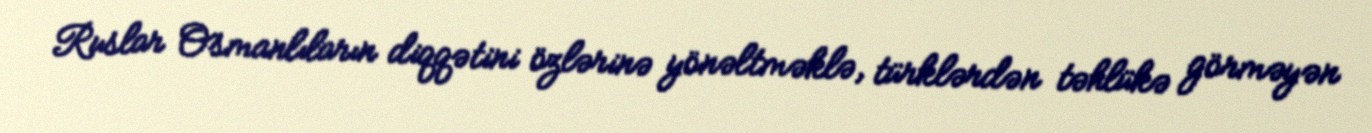
Ruslar Osmanlıların diqqətini özlərinə yönəltməklə, türklərdən təhlükə görməyən